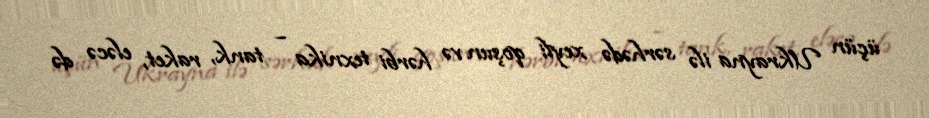
üçün Ukrayna ilə sərhədə xeyli qoşun və hərbi texnika – tank, raket, eləcə də